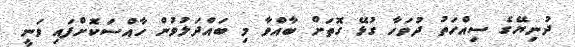
ދުނިޔޭގެ ސިއްހަތު ދުވަހާ ގުޅޭ ގޮތަށް ބާއްވާ މި ބައްދަލުވުން ހާއްސަކޮށްފައި ވަނީ